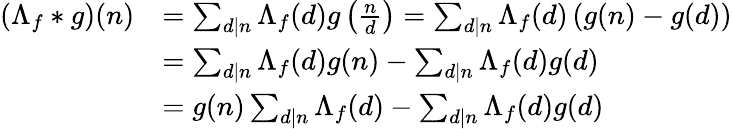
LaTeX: \begin{array}{rl}{\left(\Lambda_{f}\ast g\right)(n)}&{=\sum_{d\mid n}\Lambda_{f}(d)g\left(\frac{n}{d}\right)=\sum_{d\mid n}\Lambda_{f}(d)\left(g(n)-g(d)\right)}\\ &{=\sum_{d\mid n}\Lambda_{f}(d)g(n)-\sum_{d\mid n}\Lambda_{f}(d)g(d)}\\ &{=g(n)\sum_{d\mid n}\Lambda_{f}(d)-\sum_{d\mid n}\Lambda_{f}(d)g(d)}\end{array}